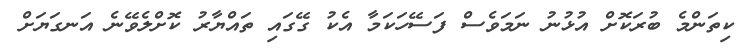
ކިތަންމެ ބުރަކޮށް އުޅުނު ނަމަވެސް ފަސޭހަކަމާ އެކު ގޭގައި ތައްޔާރު ކޮށްލެވޭނެ އަނގަޔަށް